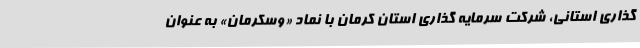
گذاری استانی، شرکت سرمایه گذاری استان کرمان با نماد «وسکرمان» به عنوان